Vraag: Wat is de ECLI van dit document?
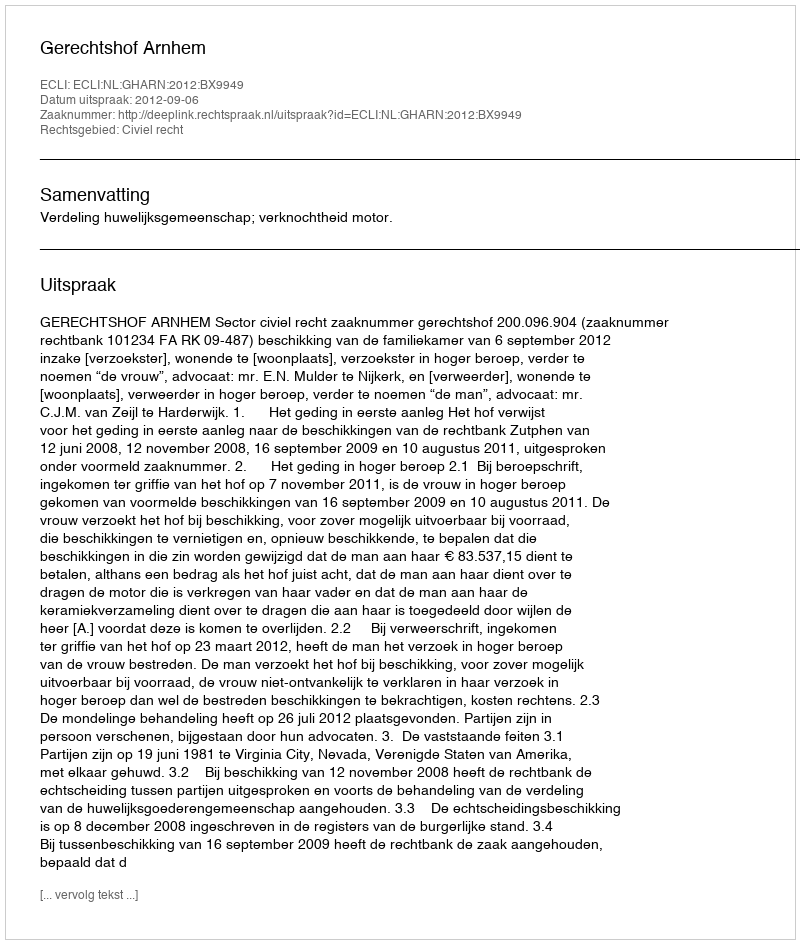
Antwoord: ECLI:NL:GHARN:2012:BX9949